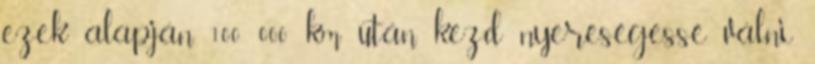
ezek alapján 100 000 km után kezd nyereségessé válni